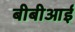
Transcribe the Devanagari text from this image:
बीबीआई